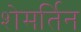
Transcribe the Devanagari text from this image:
शेमर्तिन